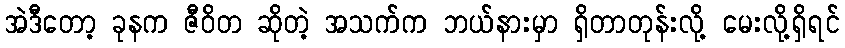
အဲဒီတော့ ခုနက ဇီဝိတ ဆိုတဲ့ အသက်က ဘယ်နားမှာ ရှိတာတုန်းလို့ မေးလို့ရှိရင်